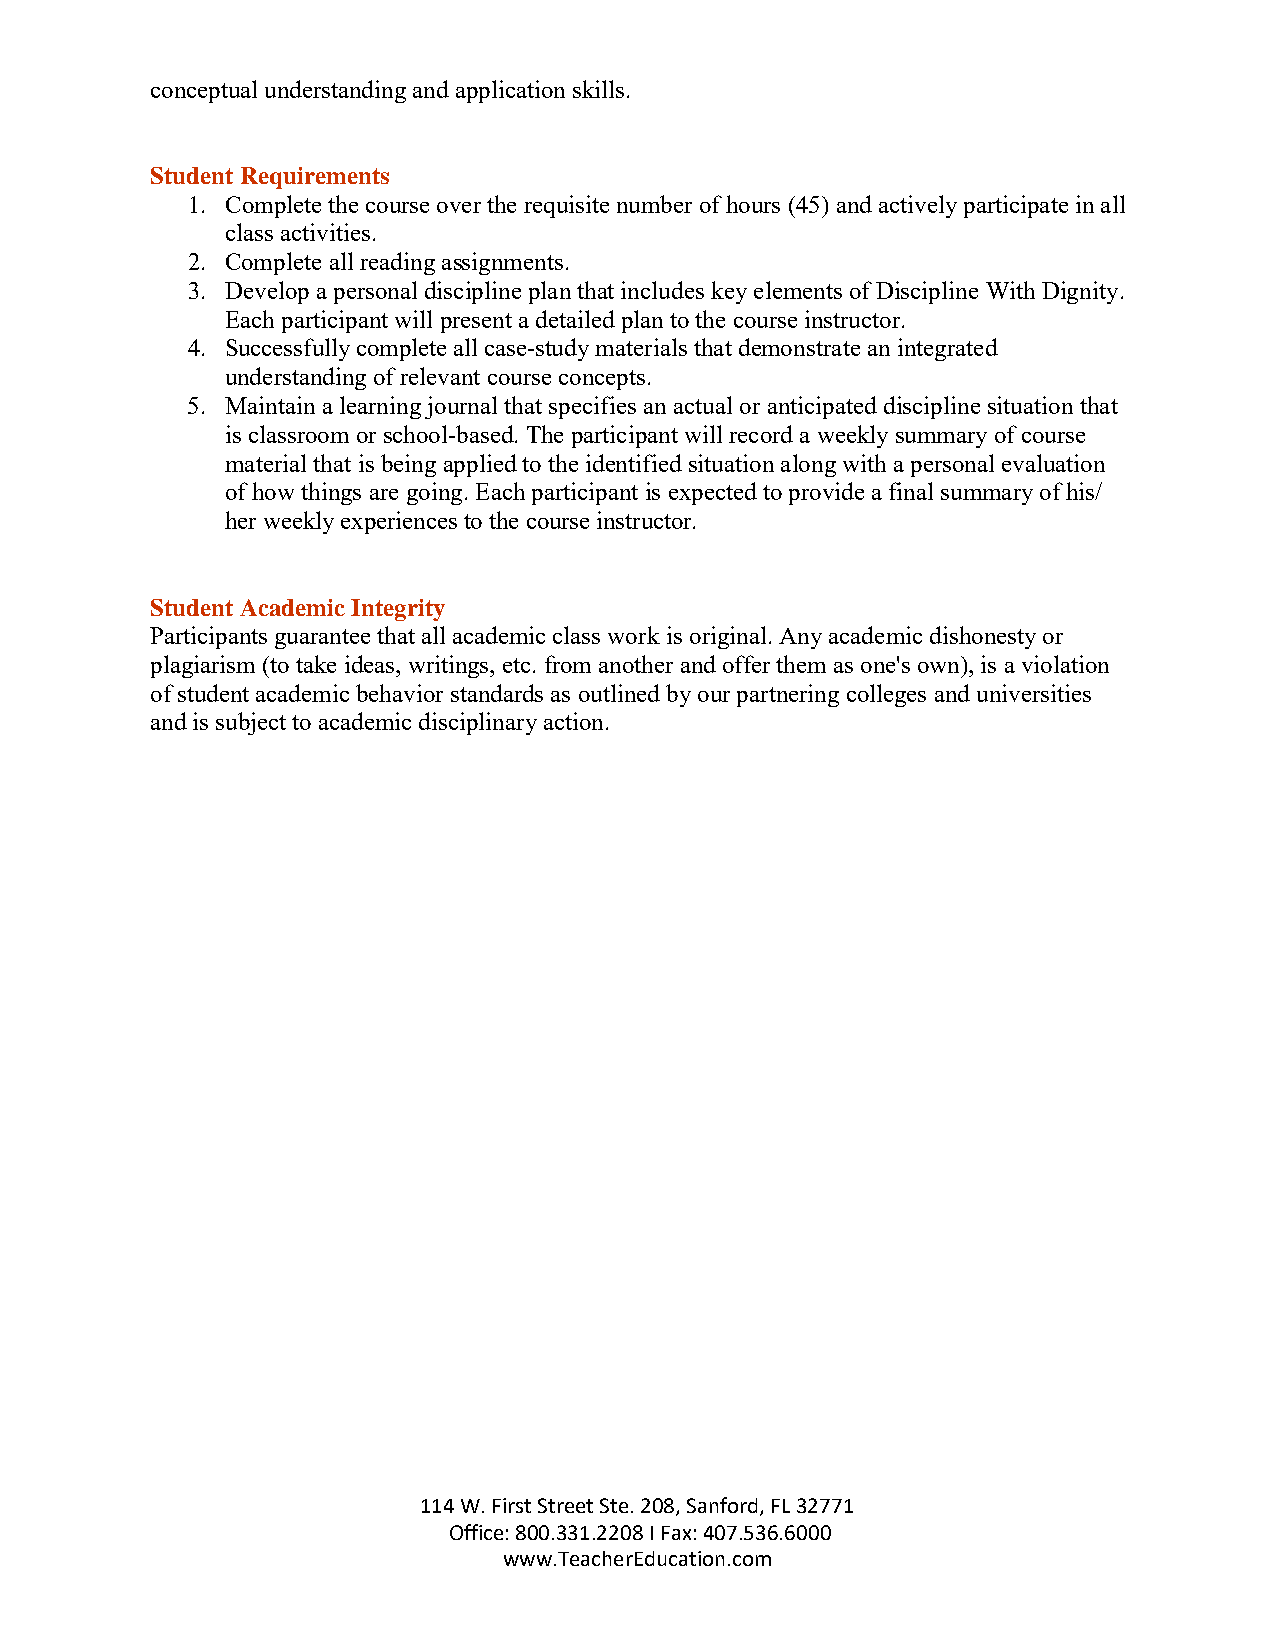
conceptual understanding and application skills.
 Student Requirements
 1. Complete the course over the requisite number of hours (45) and actively participate in all
 class activities.
 2. Complete all reading assignments.
 3. Develop a personal discipline plan that includes key elements of Discipline With Dignity.
 Each participant will present a detailed plan to the course instructor.
 4. Successfully complete all case-study materials that demonstrate an integrated
 understanding of relevant course concepts.
 5. Maintain a learning journal that specifies an actual or anticipated discipline situation that
 is classroom or school-based. The participant will record a weekly summary of course
 material that is being applied to the identified situation along with a personal evaluation
 of how things are going. Each participant is expected to provide a final summary of his/
 her weekly experiences to the course instructor.
 Student Academic Integrity
 Participants guarantee that all academic class work is original. Any academic dishonesty or
 plagiarism (to take ideas, writings, etc. from another and offer them as one's own), is a violation
 of student academic behavior standards as outlined by our partnering colleges and universities
 and is subject to academic disciplinary action.
 114 W. First Street Ste. 208, Sanford, FL 32771
 Office: 800.331.2208 I Fax: 407.536.6000
 www.TeacherEducation.com